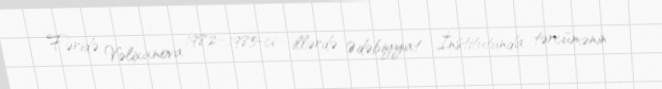
Fəridə Vəlixanova 1982–1985-ci illərdə Ədəbiyyat İnstitutunda tərcümənin